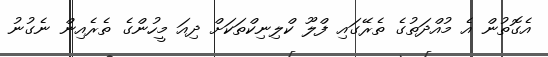
އެގޮތުން އެ މުއްދަތުގެ ތެރޭގައި ފްލޫ ކްލިނިކްތަކަށް ދިއަ މީހުންގެ ތެރެއިން ނެގުނު